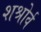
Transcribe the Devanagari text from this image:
शश्रोर्व